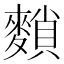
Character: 䵀